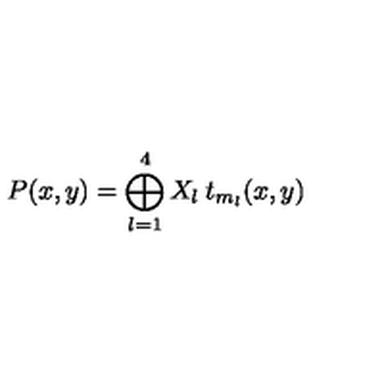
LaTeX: P ( x , y ) = \bigoplus _ { l = 1 } ^ { 4 } X _ { l } \: t _ { m _ { l } } ( x , y )